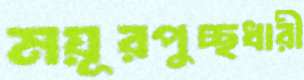
ময়ূরপুচ্ছধারী